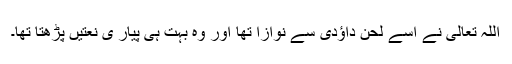
اللہ تعالی نے اسے لحنِ داؤدی سے نوازا تھا اور وہ بہت ہی پیار ی نعتیں پڑھتا تھا۔